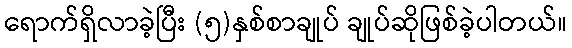
ရောက်ရှိလာခဲ့ပြီး (၅)နှစ်စာချုပ် ချုပ်ဆိုဖြစ်ခဲ့ပါတယ်။